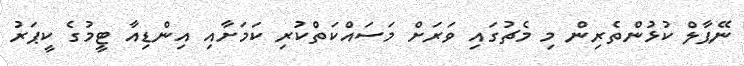
ނޭޕާލް ކުޅުންތެރިން މި މެޗުގައި ވަރަށް މަސައްކަތްކުރި ކަމަށާއި އިންޑިއާ ޓީމުގެ ކީޕަރު